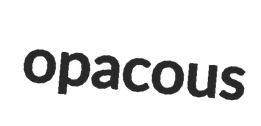
opacous